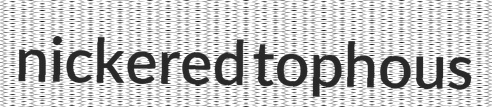
nickered tophous